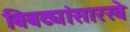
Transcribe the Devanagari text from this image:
बिबट्यांसारखे